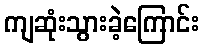
ကျဆုံးသွားခဲ့ကြောင်း